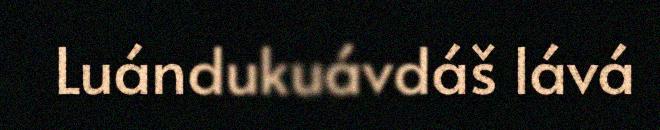
Luándukuávdáš lává